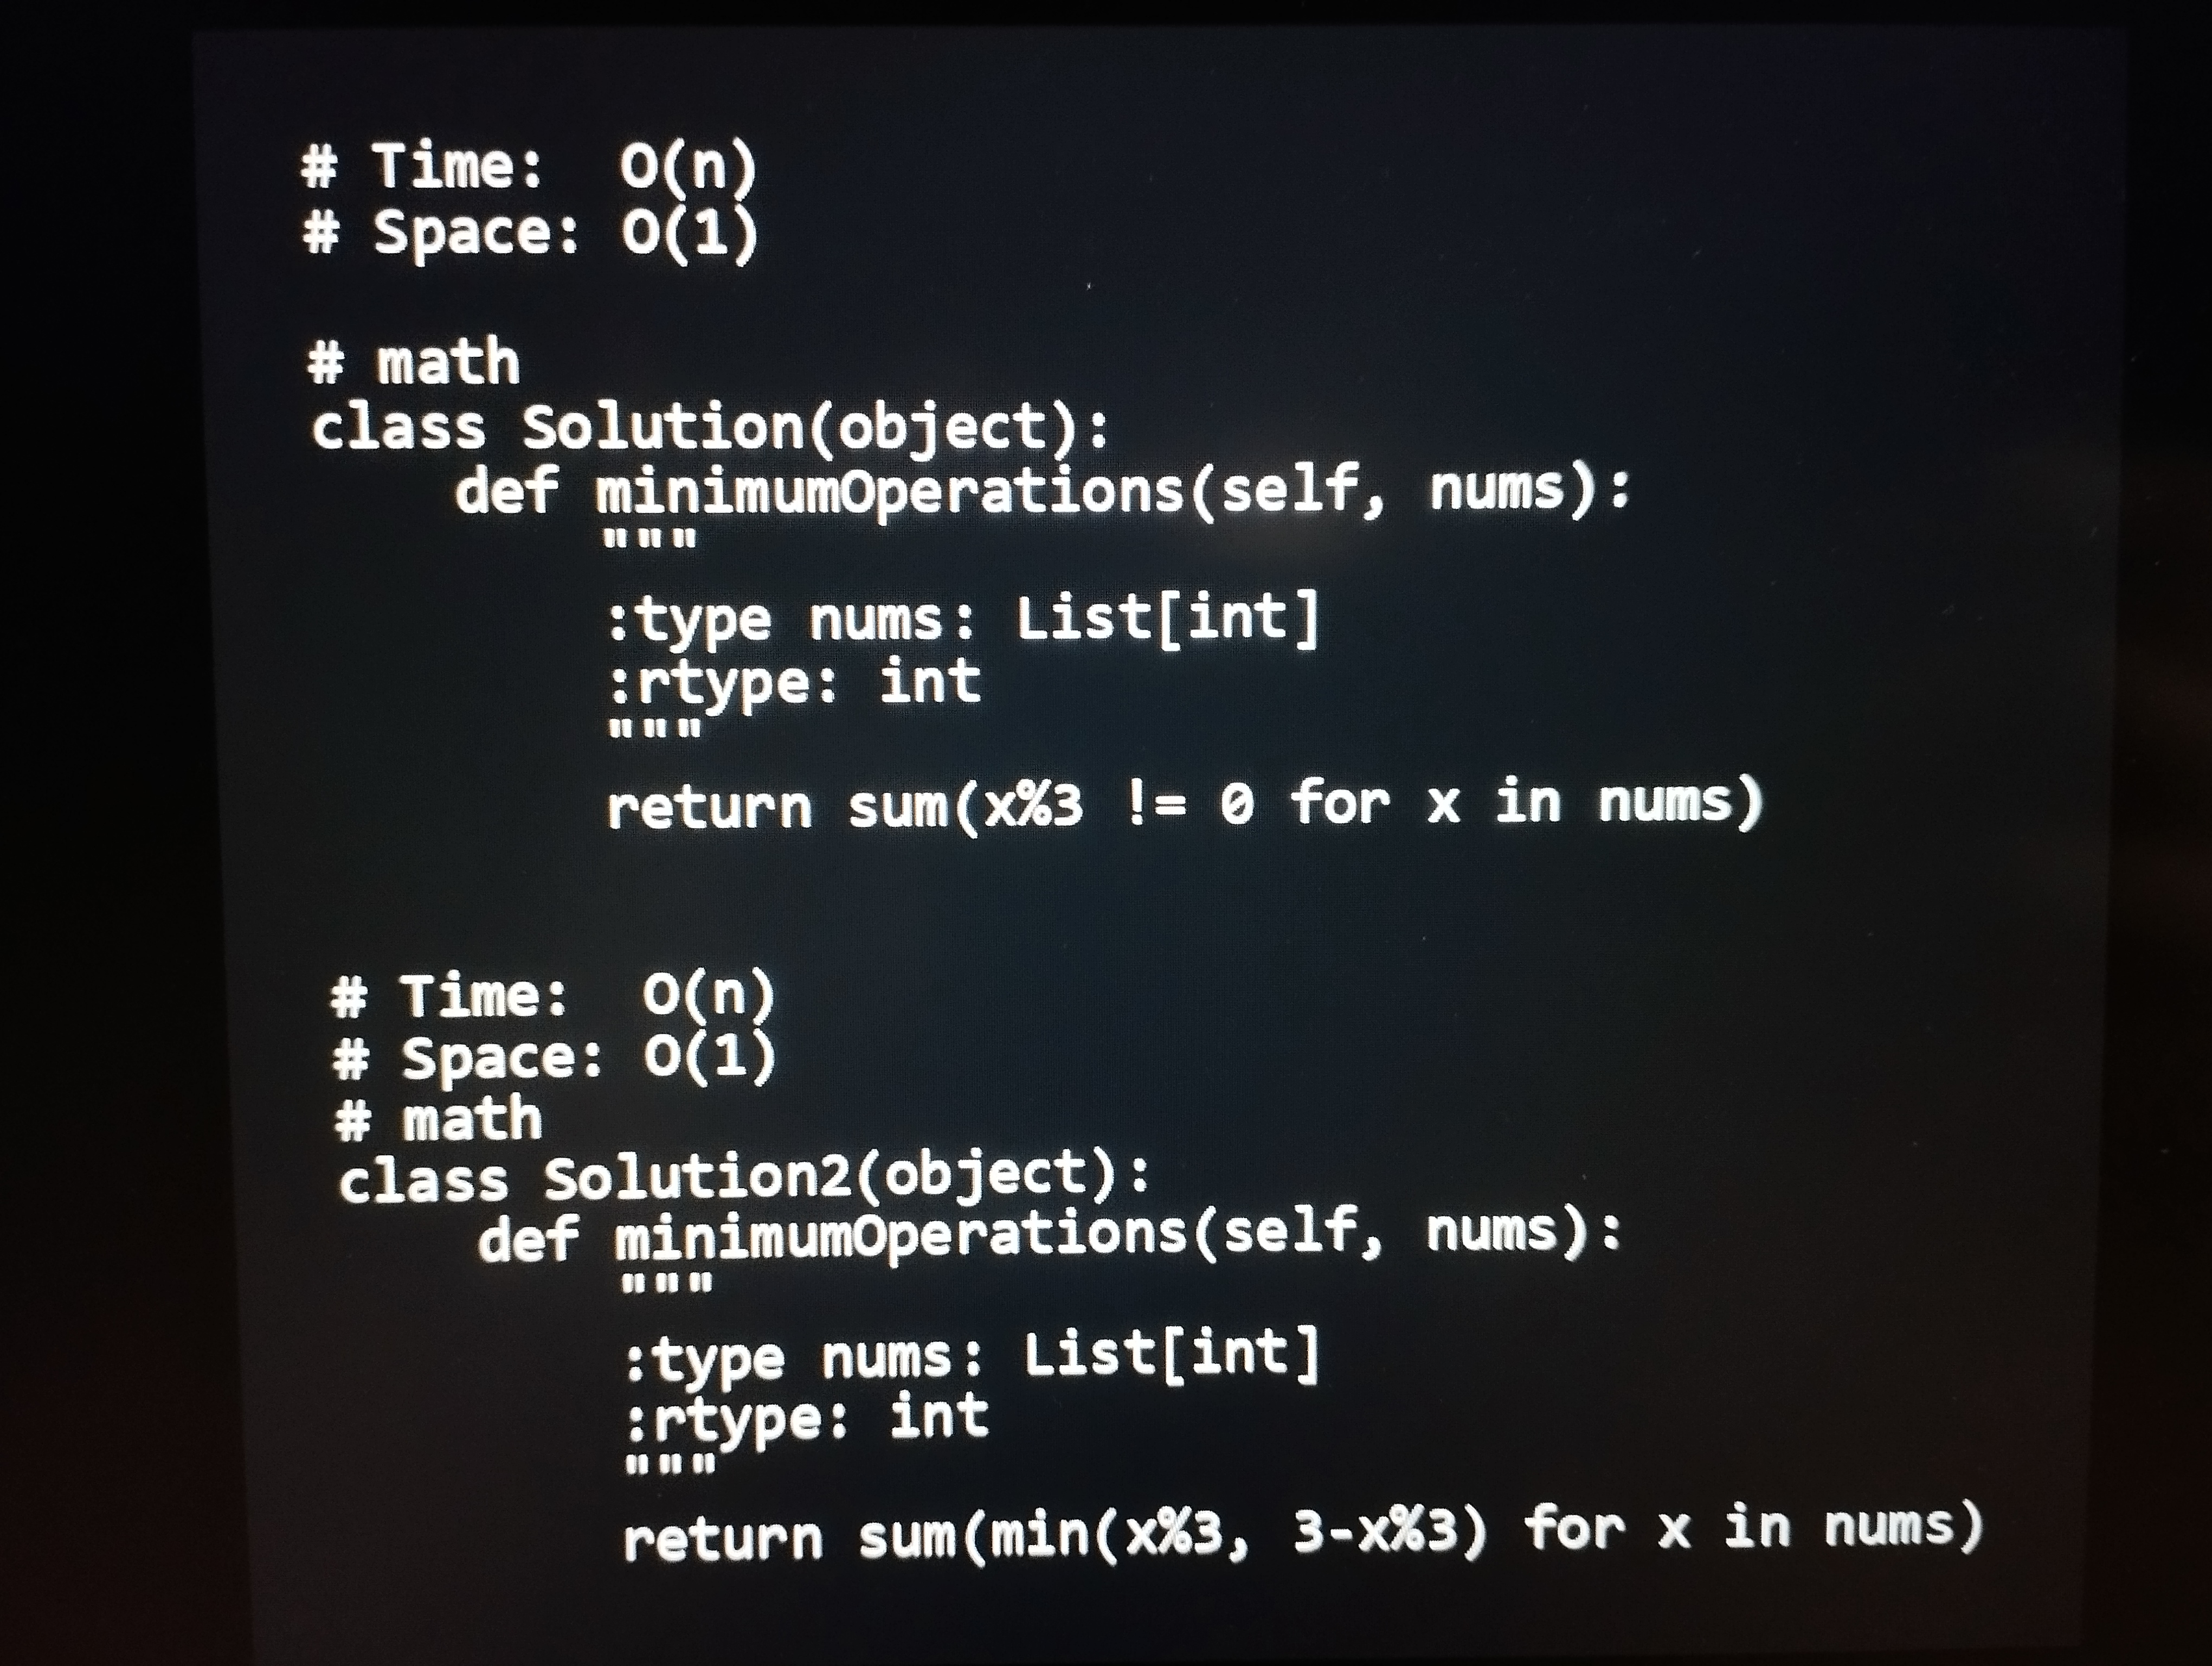
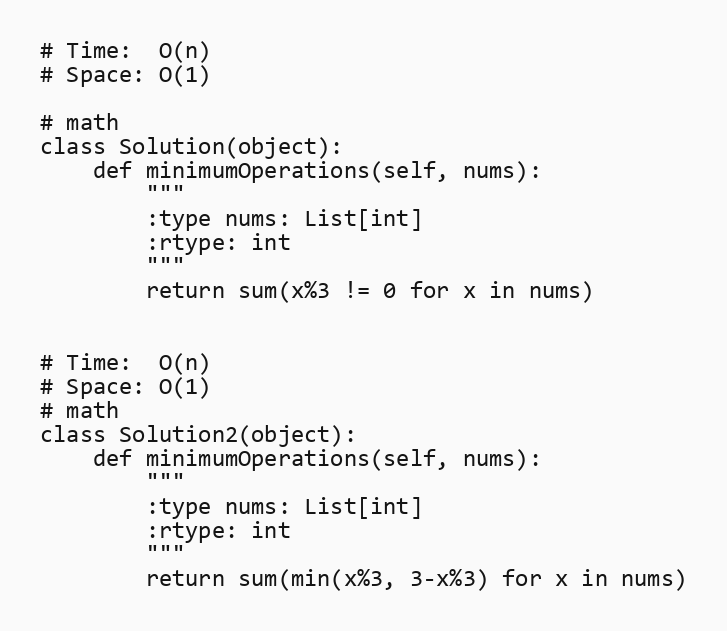
# Time:  O(n)
# Space: O(1)

# math
class Solution(object):
    def minimumOperations(self, nums):
        """
        :type nums: List[int]
        :rtype: int
        """
        return sum(x%3 != 0 for x in nums)

# Time:  O(n)
# Space: O(1)
# math
class Solution2(object):
    def minimumOperations(self, nums):
        """
        :type nums: List[int]
        :rtype: int
        """
        return sum(min(x%3, 3-x%3) for x in nums)